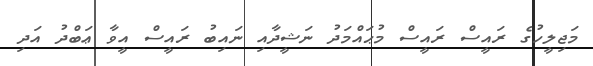
މަޖިލީހުގެ ރައީސް ރައީސް މުޙައްމަދު ނަޝީދާއި ނައިބު ރައީސް އީވާ ޢަބްދު އަދި